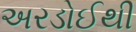
અરડોઈથી